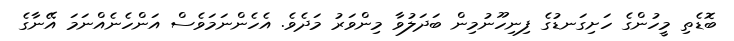
ބޮޑެތި މީހުންގެ ހަށިގަނޑުގެ ފިނިހޫނުމިން ބަދަލުވާ މިންވަރު މަދެވެ. އެހެންނަމަވެސް އަންހެނެއްނަމަ އޭނާގެ